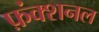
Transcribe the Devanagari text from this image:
फ़ंक्शनल